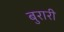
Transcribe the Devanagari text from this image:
बुरारी